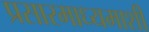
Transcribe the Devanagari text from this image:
प्रसारमाध्यमाशी